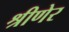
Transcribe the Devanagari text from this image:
श्रीणेर